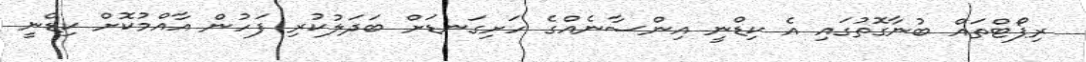
ރިޕޯޓްތައް ބުނާގޮތުގައި އެ ކިޑްނީ އިންސާނެއްގެ ހަށިގަނޑަށް ބަދަލުކުރި ފަހުން އާއްމުކޮށް ކިޑްނީ